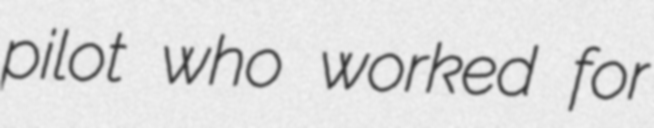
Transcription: pilot who worked for